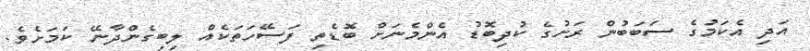
އަދި އެކަމުގެ ސަބަބުން ރަށުގެ ކުދިބޮޑު އެންމެނަށް ބޮޑެތި ފަސޭހަތަކެއް ލިބިގެންދާނޭ ކަމަށެވެ.